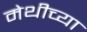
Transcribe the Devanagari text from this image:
मेथीच्या